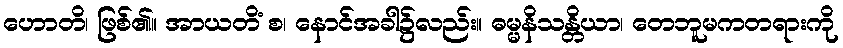
ဟောတိ၊ ဖြစ်၏။ အာယတိံ စ၊ နောင်အခါ၌လည်း။ ဓမ္မနိသန္တိယာ၊ တေဘူမကတရားကို